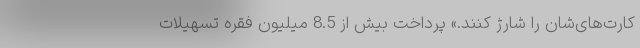
کارت‌های‌شان را شارژ کنند.» پرداخت بیش از 8.5 میلیون فقره تسهیلات